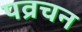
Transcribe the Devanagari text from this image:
पव्रचन